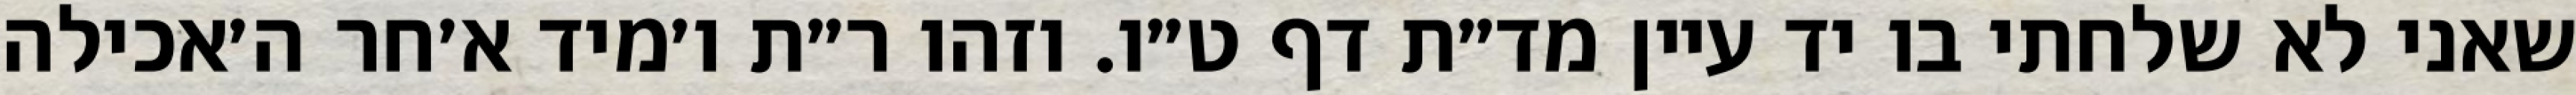
שאני לא שלחתי בו יד עיין מד״ת דף ט״ו. וזהו ר״ת ו׳מיד א׳חר ה׳אכילה